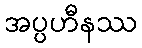
အပ္ပဟီနဿ